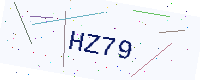
Text: HZ79